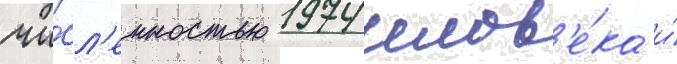
чи́сл'енностью 1974 челов'е́ка и́